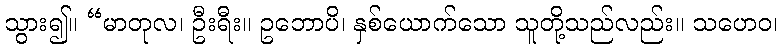
သွား၍။ “မာတုလ၊ ဦးရီး။ ဥဘောပိ၊ နှစ်ယောက်သော သူတို့သည်လည်း။ သဟေဝ၊